Scottish Leaving Certificate Examination, 1959
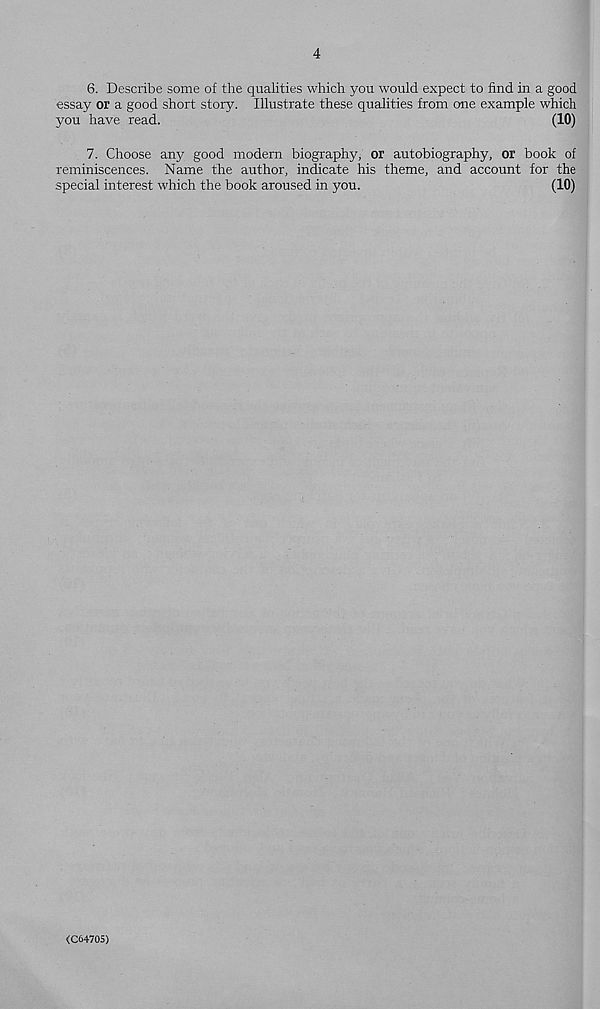
4
6. Describe some of the qualities which you would expect to find in a good
essay or a good short story. Illustrate these qualities from one example which
you have read.
(10)
7. Choose any good modem biography, or autobiography, or book of
reminiscences. Name the author, indicate his theme, and account for the
special interest which the book aroused in you.
(10)
(C64705)